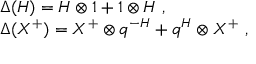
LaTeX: \begin{array} { r c l } { { } } & { { } } & { { \Delta ( H ) = H \otimes 1 + 1 \otimes H ~ , } } \\ { { } } & { { } } & { { \Delta ( X ^ { + } ) = X ^ { + } \otimes q ^ { - H } + q ^ { H } \otimes X ^ { + } ~ , } } \end{array}